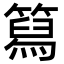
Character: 䉣